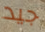
جيد